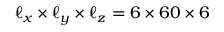
\ell _ { x } \times \ell _ { y } \times \ell _ { z } = 6 \times 6 0 \times 6